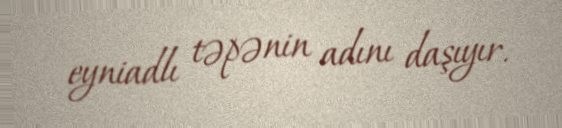
eyniadlı təpənin adını daşıyır.